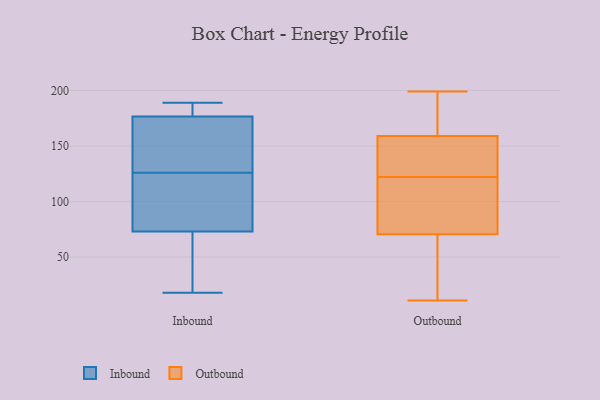
{"axis": {"x": "Churn Rate (%)", "y": "Value"}, "legend": ["Inbound", "Outbound"], "data": [{"x": "", "y": 32, "type": "Inbound"}, {"x": "", "y": 188, "type": "Inbound"}, {"x": "", "y": 66, "type": "Inbound"}, {"x": "", "y": 94, "type": "Inbound"}, {"x": "", "y": 18, "type": "Inbound"}, {"x": "", "y": 185, "type": "Inbound"}, {"x": "", "y": 126, "type": "Inbound"}, {"x": "", "y": 151, "type": "Inbound"}, {"x": "", "y": 189, "type": "Inbound"}, {"x": "", "y": 94, "type": "Inbound"}, {"x": "", "y": 147, "type": "Inbound"}, {"x": "", "y": 72, "type": "Outbound"}, {"x": "", "y": 32, "type": "Outbound"}, {"x": "", "y": 146, "type": "Outbound"}, {"x": "", "y": 192, "type": "Outbound"}, {"x": "", "y": 150, "type": "Outbound"}, {"x": "", "y": 70, "type": "Outbound"}, {"x": "", "y": 175, "type": "Outbound"}, {"x": "", "y": 122, "type": "Outbound"}, {"x": "", "y": 162, "type": "Outbound"}, {"x": "", "y": 129, "type": "Outbound"}, {"x": "", "y": 193, "type": "Outbound"}, {"x": "", "y": 59, "type": "Outbound"}, {"x": "", "y": 137, "type": "Outbound"}, {"x": "", "y": 44, "type": "Outbound"}, {"x": "", "y": 94, "type": "Outbound"}, {"x": "", "y": 112, "type": "Outbound"}, {"x": "", "y": 199, "type": "Outbound"}, {"x": "", "y": 11, "type": "Outbound"}, {"x": "", "y": 122, "type": "Outbound"}]}